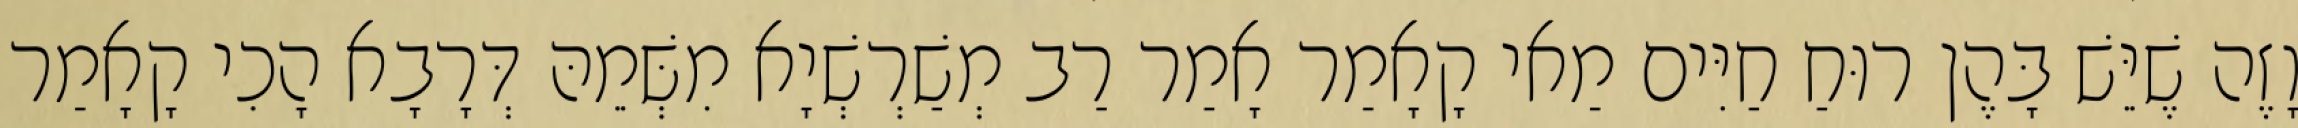
וָזֶה שֶׁיֵּשׁ בָּהֶן רוּחַ חַיִּים מַאי קָאָמַר אָמַר רַב מְשַׁרְשְׁיָא מִשְּׁמֵהּ דְּרָבָא הָכִי קָאָמַר